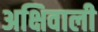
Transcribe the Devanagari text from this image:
अक्षिवाली